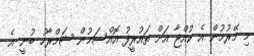
މި މޭރުމުން އެ ކުއްޖާ އަށް ތައުރީފު އޮއްސަމުން ޝަމްރާހު ބުނީ އެ